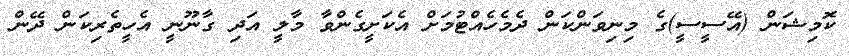
ކޮމިޝަން (އޭސީސީ)ގެ މިނިވަންކަން ދެމެހެއްޓުމަށް އެކަށީގެންވާ މާލީ އަދި ގާނޫނީ އެހީތެރިކަން ދޭން